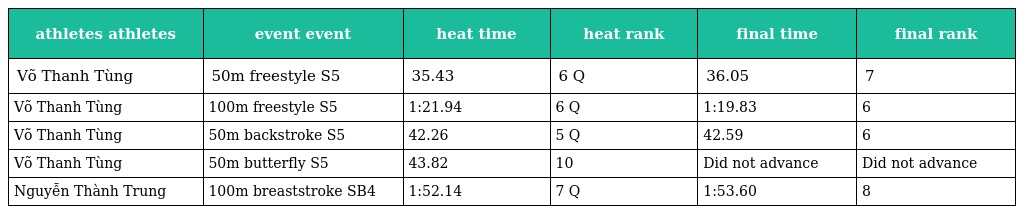
| athletes athletes | event event | heat time | heat rank | final time | final rank |
 | --- | --- | --- | --- | --- | --- |
 | Võ Thanh Tùng | 50m freestyle S5 | 35.43 | 6 Q | 36.05 | 7 |
 | Võ Thanh Tùng | 100m freestyle S5 | 1:21.94 | 6 Q | 1:19.83 | 6 |
 | Võ Thanh Tùng | 50m backstroke S5 | 42.26 | 5 Q | 42.59 | 6 |
 | Võ Thanh Tùng | 50m butterfly S5 | 43.82 | 10 | Did not advance | Did not advance |
 | Nguyễn Thành Trung | 100m breaststroke SB4 | 1:52.14 | 7 Q | 1:53.60 | 8 |